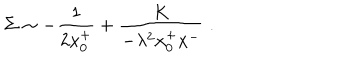
\Sigma \sim - { \frac { 1 } { 2 x _ { 0 } ^ { + } } } + \frac { K } { - \lambda ^ { 2 } x _ { 0 } ^ { + } x ^ { - } } \; .